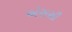
એસસી